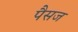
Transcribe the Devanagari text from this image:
पैसज